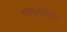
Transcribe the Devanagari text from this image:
वस्कुलेचर